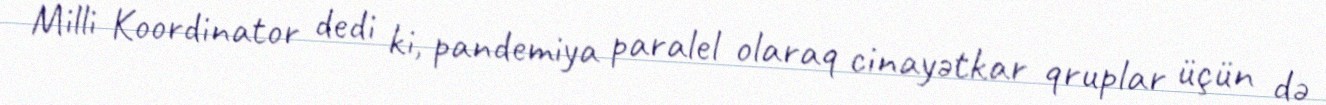
Milli Koordinator dedi ki, pandemiya paralel olaraq cinayətkar qruplar üçün də